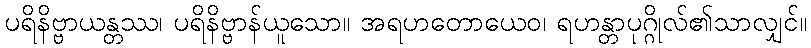
ပရိနိဗ္ဗာယန္တဿ၊ ပရိနိဗ္ဗာန်ယူသော။ အရဟတောယေဝ၊ ရဟန္တာပုဂ္ဂိုလ်၏သာလျှင်။